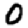
Digit: 0